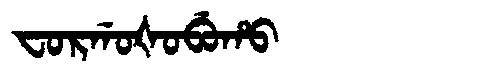
Manchu: ᠸᠣᡵᡤᠣᡧᠣᠪᡠᡥᠣ
Romanization: FORGOŠOBUHO